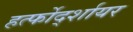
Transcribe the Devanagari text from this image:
हर्त्फोर्द्शायर